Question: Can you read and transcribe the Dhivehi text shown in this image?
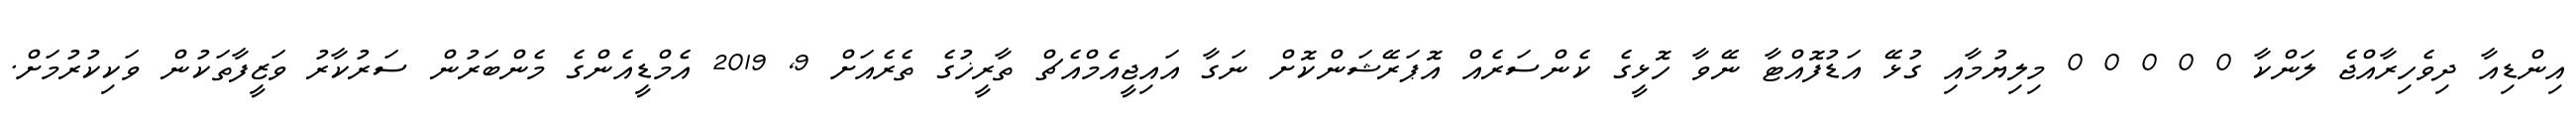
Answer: އިންޑިއާ ދިވެހިރާއްޖެ ލަންކާ 0 0 0 0 0 މިލިޔުމާއި ގުޅޭ އަޑުފޮއްޓާ ނޭވާ ހޮޅީގެ ކެންސަރެއް އޮޕަރޭޝަންކޮށް ނަގާ އައިޖީއެމްއެޗް ތާރީޚުގެ ތެރެއަށް 9, 2019 އެމްޑީއެންގެ މެންބަރުން ސަރުކާރު ވަޒީފާތަކުން ވަކިކުރުމަށް.